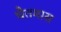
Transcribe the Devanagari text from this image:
चैतमास